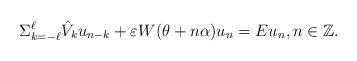
LaTeX: \begin{align*}\Sigma_{k=-\ell}^{\ell}\hat V_{k}u_{n-k}+ \varepsilon W(\theta+n\alpha)u_{n}=E u_{n},n\in\mathbb{Z}.\end{align*}